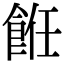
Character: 餁